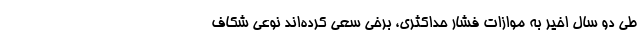
طی دو سال اخیر به موازات فشار حداکثری، برخی سعی کرده‌اند نوعی شکاف